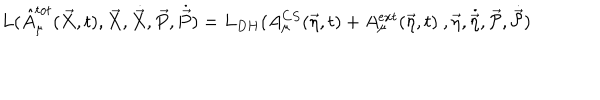
LaTeX: L ( \hat { A } _ { \mu } ^ { t o t } ( \vec { X } , t ) , \vec { X } , \dot { \vec { X } } , \vec { P } , \dot { \vec { P } } ) = L _ { D H } ( A _ { \mu } ^ { C S } ( \vec { \eta } , t ) + A _ { \mu } ^ { e x t } ( \vec { \eta } , t ) \ , \vec { \eta } , \dot { \vec { \eta } } , \vec { \cal { P } } , \dot { \vec { \cal { P } } } )